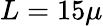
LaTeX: L=15\mu